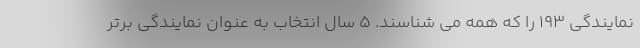
نمايندگي ١٩٣ را كه همه مي شناسند. ٥ سال انتخاب به عنوان نمايندگي برتر